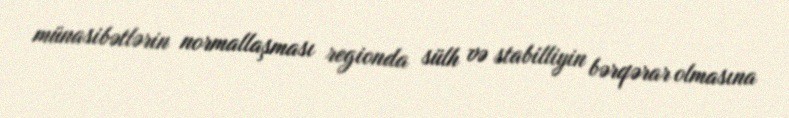
münasibətlərin normallaşması regionda sülh və stabilliyin bərqərar olmasına